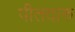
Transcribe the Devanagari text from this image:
पीतदारु